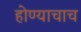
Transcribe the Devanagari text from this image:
होण्याचाच